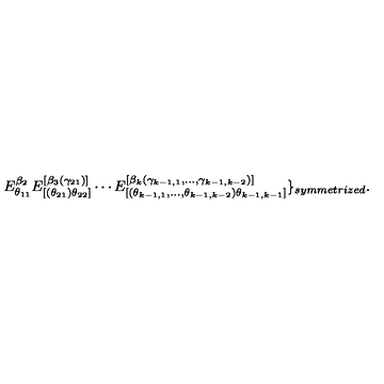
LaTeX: E _ { \theta _ { 1 1 } } ^ { \beta _ { 2 } } E _ { [ ( \theta _ { 2 1 } ) \theta _ { 2 2 } ] } ^ { [ \beta _ { 3 } ( \gamma _ { 2 1 } ) ] } \cdots E _ { [ ( \theta _ { k - 1 , 1 } , \ldots , \theta _ { k - 1 , k - 2 } ) \theta _ { k - 1 , k - 1 } ] } ^ { [ \beta _ { k } ( \gamma _ { k - 1 , 1 } , \ldots , \gamma _ { k - 1 , k - 2 } ) ] } \} _ { s y m m e t r i z e d } .